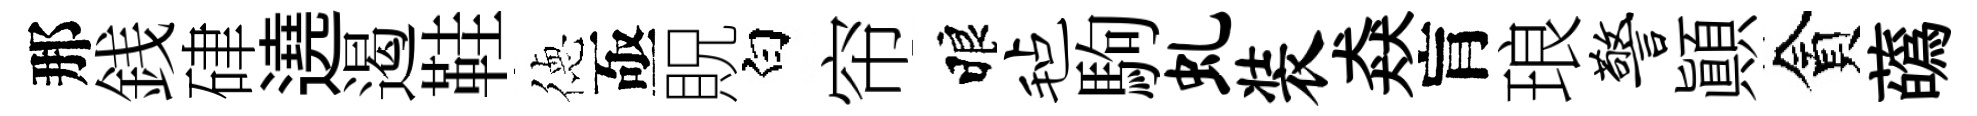
那銭硉遶遏鞋徳亟貺白帘睱毡駒虬装猋肓琅警顚貪蘤